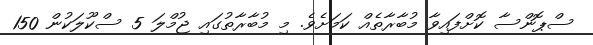
ސްޕޮންސާ ކޮށްފައިވާ މުބާރާތެއް ކަމަށެވެ. މި މުބާރާތުގައި ޖުމްލަ 5 ސްކޫލަކުން 150